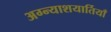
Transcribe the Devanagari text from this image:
अग्न्याशयार्तियाँ